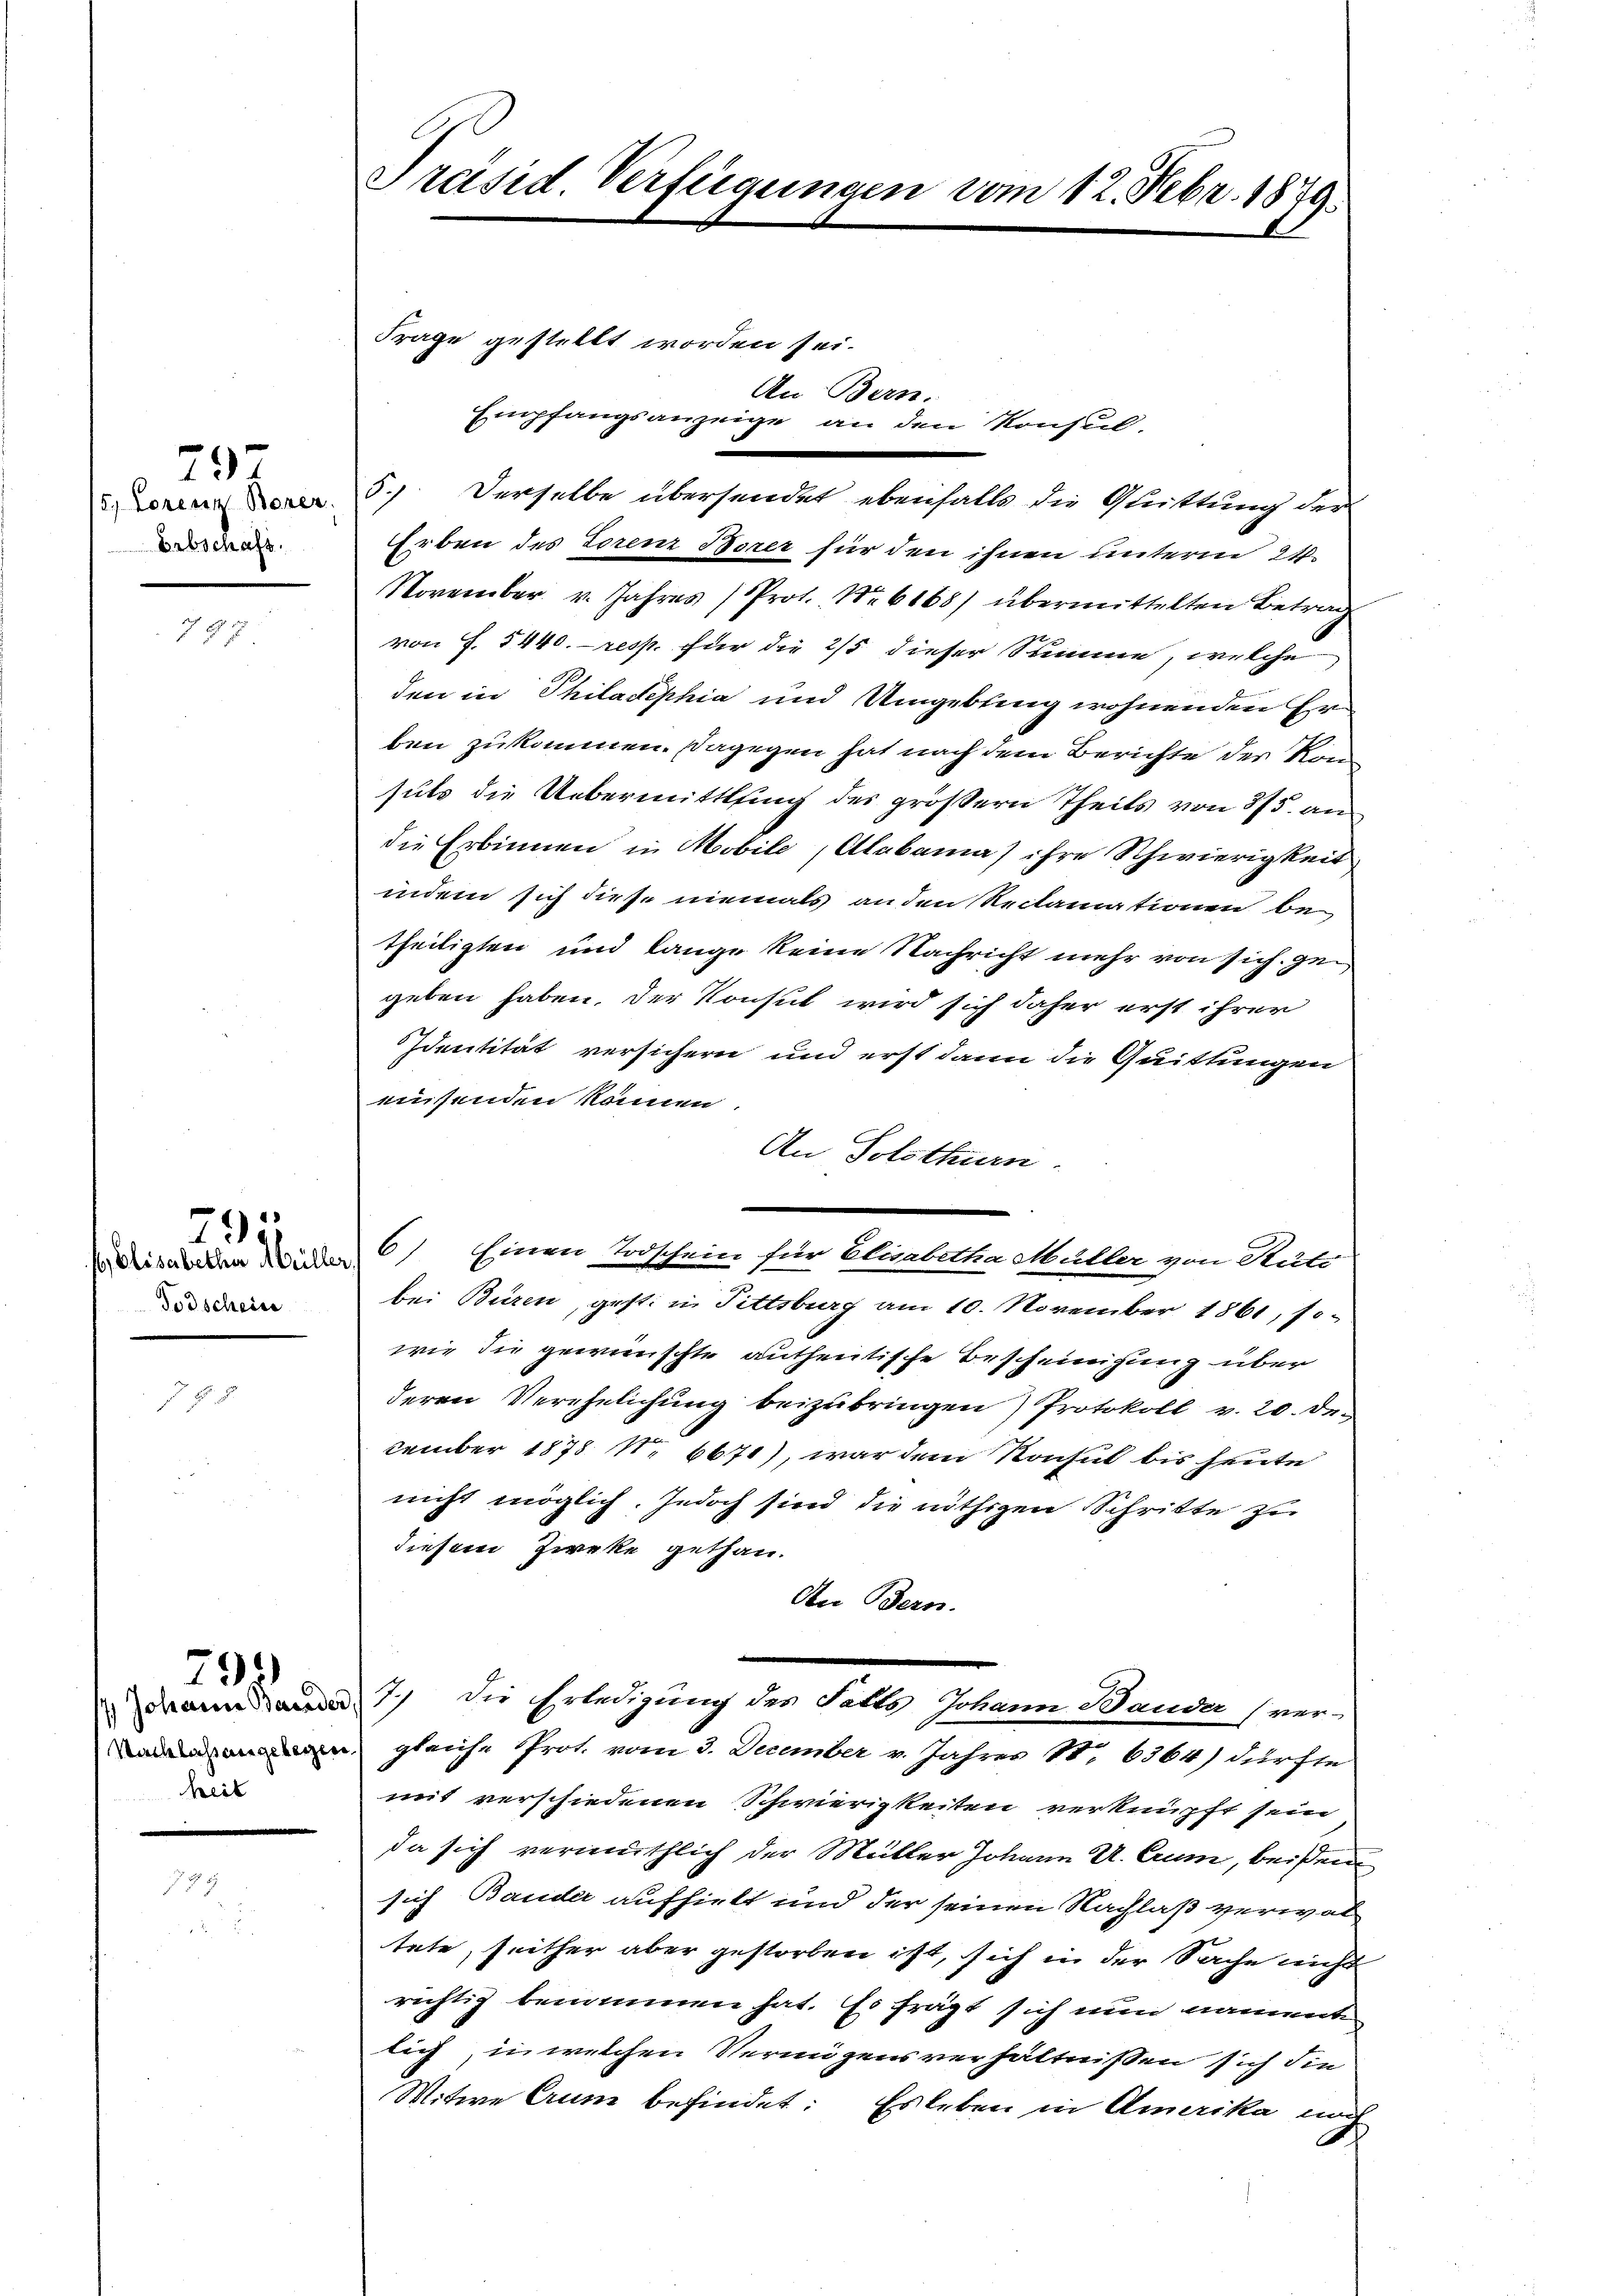
/5. Lorenz Boner
Erbschaft.

29

797

s, Elisabetha Müller,
Todscheine

295

heit

795)

Präsid. Verfügungen vom 12. Febr. 1879.

Frage gestellt worden sei.
2
Derselbe übersendet ebenfalls die Quittung der
Erben des Torenz Borer für den ihnen unterm 24
November. v. Jahres (Prot. Nr. 6168) übermittelten Betrag
von f. 5440. resp. für die 2/5 dieser Summe, welche
den in Philadephia und Umgebring wohnenden Erben zukommen. Dagegen hat nach dem Berichte der Kon
suts die Uebermittlung des größern Theils von 375. andie Erbinnen in Mobile (Alabama) ihre Schwierigkeit
indem sich diese niemals an den Reclamationen betheiligten und lange keine Nachricht mehr von sich gegeben haben, der Konsul wird sich daher erst ihrer
Identität versichern und erst dann die Quittungen
eusenden können.
An Tolsthurn.
6) Einen Todschein für Elisabetha Müller von Rüti
bei Büren, gesti in Fittsburg am 10. November 1861, so
wie die gewünschte authentische Bescheinigung über
deren Verehelichung beizubringen) Protokoll v. 20. De
cember 1878 N. 6671), war dem Konsul bis heute
nicht möglich. Jedoch sind die nöthigen Schritte zu
diesem Zwecke gethan.
An Bern.
.
7) die Erledigung des Falls Johann Bauder (ver-
n gleiche Prot. vom 3. December v. Jahres 18. 6364) dürfte
mit verschiedenen Schwierigkeiten verknüpft sein
da sich vermuthlich der Mütter Johann U. Crum, beißem
sich Bander aufhielt und der seinen Nachlaß verwal
tete, seither aber gestorben ist, sich in der Sache nicht
richtig benommen hat. Es frägt sich nun namente
lich, in welchen Vermögensverhältnissen sich die
Witwe Crum befindet: Es leben in Amerika noch

An Bern.
Empfangsanzeige an den Konsul-